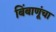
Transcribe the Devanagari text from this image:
बिंबाणूंचा